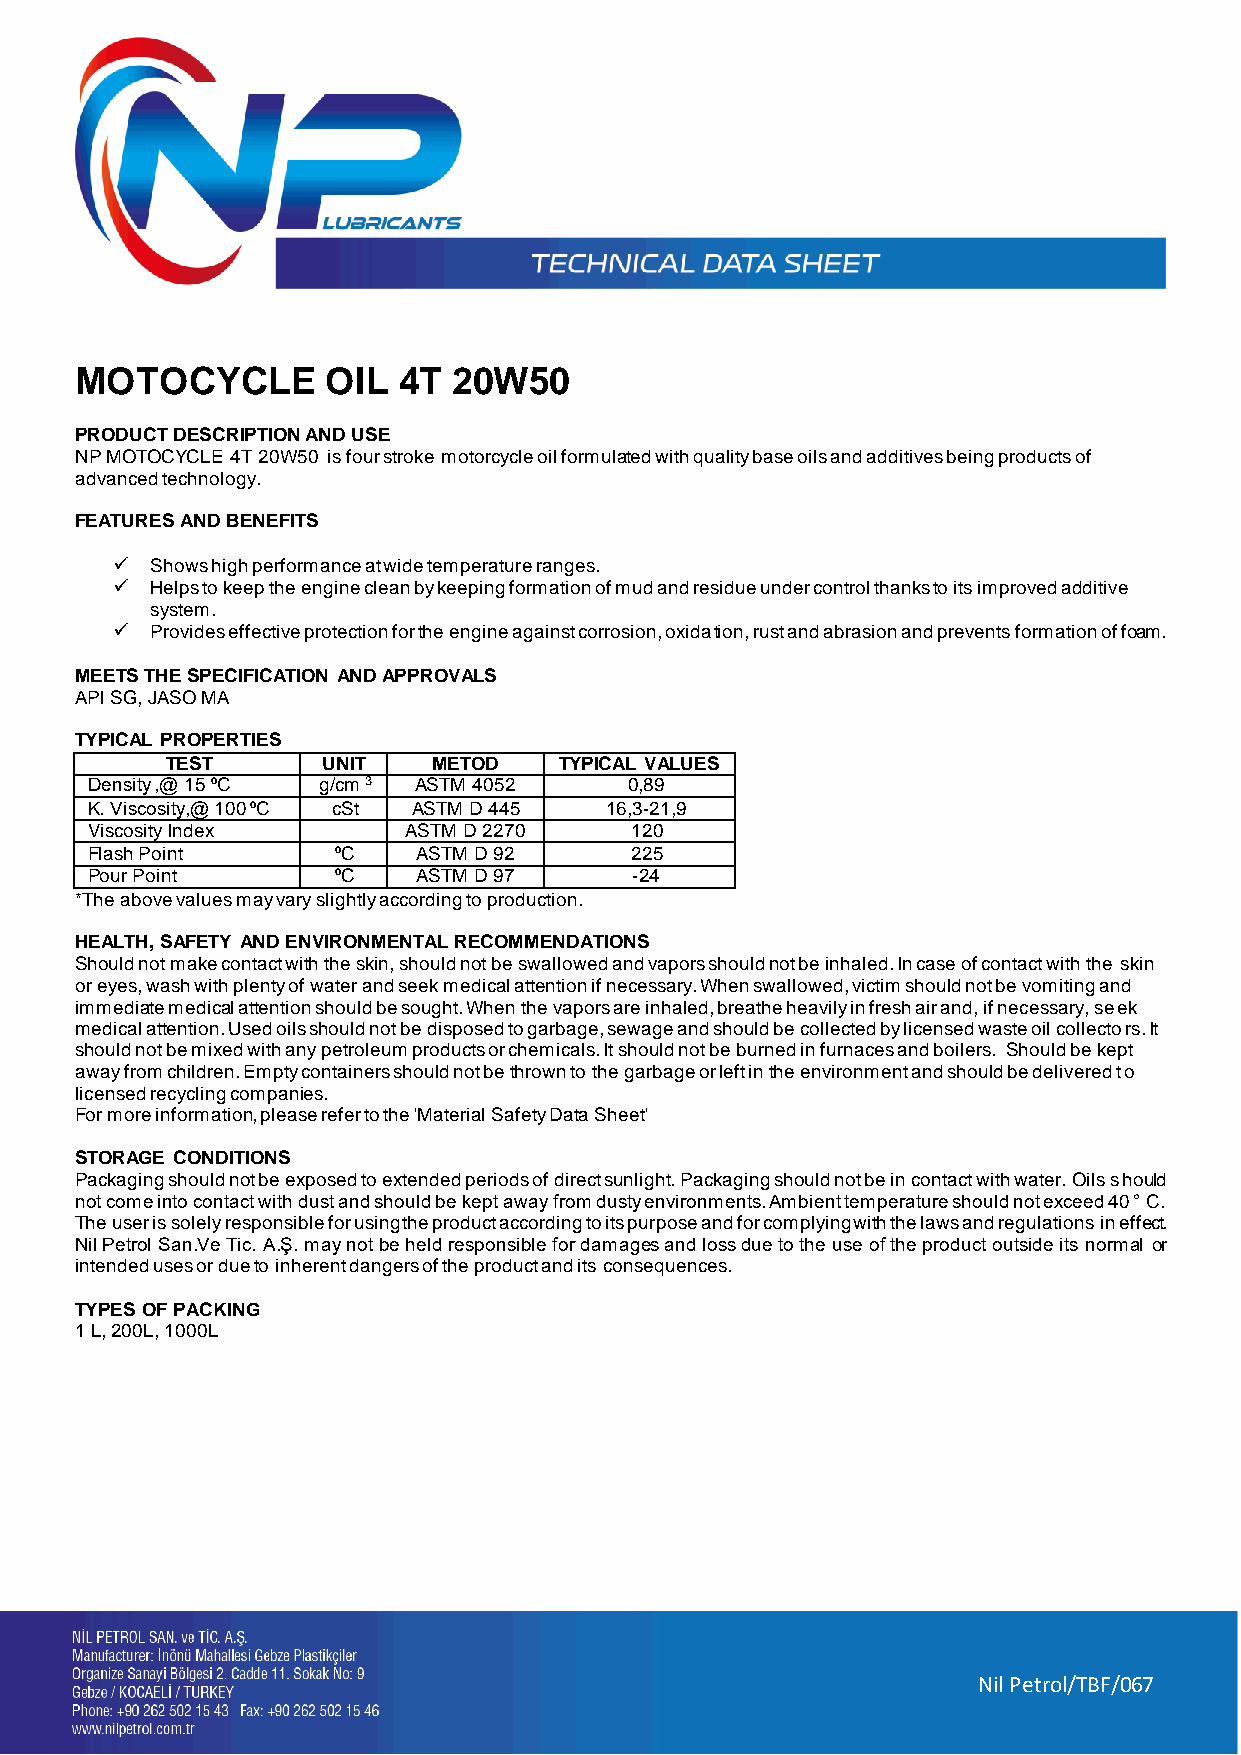
MOTOCYCLE        OIL 4T  20W50
 PRODUCT DESCRIPTION AND USE
 NP MOTOCYCLE 4T 20W50 is four stroke motorcycle oil formulated with quality base oils and additives being products of
 advanced technology.
 FEATURES AND BENEFITS
 ✓  Shows high performance at wide temperature ranges.
 ✓  Helps to keep the engine clean by keeping formation of mud and residue under control thanks to its improved additive
 system.
 ✓  Provides effective protection for the engine against corrosion, oxidation, rust and abrasion and prevents formation of foam.
 MEETS THE SPECIFICATION AND APPROVALS
 API SG, JASO MA
 TYPICAL PROPERTIES
 TEST      UNIT    METOD   TYPICAL VALUES
 Density ,@ 15 ⁰C g/cm 3 ASTM 4052   0,89
 K. Viscosity,@ 100 ⁰C cSt ASTM D 445 16,3-21,9
 Viscosity Index      ASTM D 2270    120
 Flash Point     ⁰C    ASTM D 92     225
 Pour Point      ⁰C    ASTM D 97     -24
 *The above values may vary slightly according to production.
 HEALTH, SAFETY AND ENVIRONMENTAL RECOMMENDATIONS
 Should not make contact with the skin, should not be swallowed and vapors should not be inhaled. In case of contact with the skin
 or eyes, wash with plenty of water and seek medical attention if necessary. When swallowed, victim should not be vomiting and
 immediate medical attention should be sought. When the vapors are inhaled, breathe heavily in fresh air and, if necessary, seek
 medical attention. Used oils should not be disposed to garbage, sewage and should be collected by licensed waste oil collectors. It
 should not be mixed with any petroleum products or chemicals. It should not be burned in furnaces and boilers. Should be kept
 away from children. Empty containers should not be thrown to the garbage or left in the environment and should be delivered to
 licensed recycling companies.
 For more information, please refer to the 'Material Safety Data Sheet'
 STORAGE CONDITIONS
 Packaging should not be exposed to extended periods of direct sunlight. Packaging should not be in contact with water. Oils should
 not come into contact with dust and should be kept away from dusty environments. Ambient temperature should not exceed 40 ° C.
 The user is solely responsible for using the product according to its purpose and for complying with the laws and regulations in effect.
 Nil Petrol San.Ve Tic. A.Ş. may not be held responsible for damages and loss due to the use of the product outside its normal or
 intended uses or due to inherent dangers of the product and its consequences.
 TYPES OF PACKING
 1 L, 200L, 1000L
 Nil Petrol/TBF/067